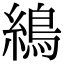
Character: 𦄋